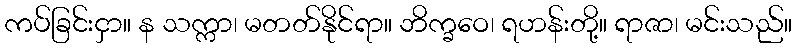
ကပ်ခြင်းငှာ။ န သက္ကာ၊ မတတ်နိုင်ရာ။ ဘိက္ခဝေ၊ ရဟန်းတို့။ ရာဇာ၊ မင်းသည်။